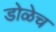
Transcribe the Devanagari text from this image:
डोळेच